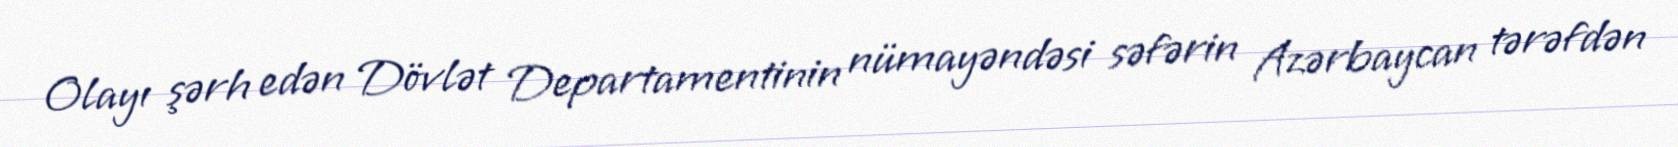
Olayı şərh edən Dövlət Departamentinin nümayəndəsi səfərin Azərbaycan tərəfdən